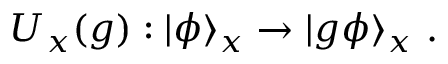
U _ { x } ( g ) : | \phi \rangle _ { x } \to | g \phi \rangle _ { x } ~ .